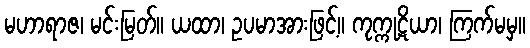
မဟာရာဇ၊ မင်းမြတ်။ ယထာ၊ ဥပမာအားဖြင့်။ ကုက္ကုဋိယာ၊ ကြက်မမှ။